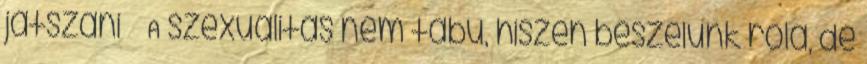
játszani A szexualitás nem tabu, hiszen beszélünk róla, de